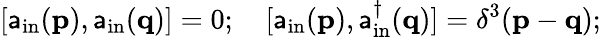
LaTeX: [\mathsf{a}_{\mathrm{{in}}}(\mathbf{{p}}),\mathsf{a}_{\mathrm{{in}}}(\mathbf{{q}})]=0;\quad[\mathsf{a}_{\mathrm{{in}}}(\mathbf{{p}}),\mathsf{a}_{\mathrm{{in}}}^{\dagger}(\mathbf{{q}})]=\delta^{3}(\mathbf{{p}}-\mathbf{{q}});